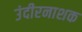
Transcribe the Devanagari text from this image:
उंदीरनाशक